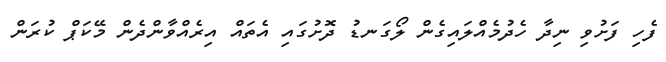
ފެހި ފަށުވި ނިދާ ހެދުމެއްލައިގެން ލޯގަނޑު ދޮށުގައި އެތައް އިރެއްވާންދެން މޭކަޕް ކުރަން